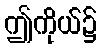
ဤကိုယ်၌